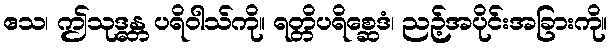
ဧသ၊ ဤသုဒ္ဓန္တ ပရိဝါသ်ကို။ ရတ္တိပရိစ္ဆေဒံ၊ ညဉ့်အပိုင်းအခြားကို။